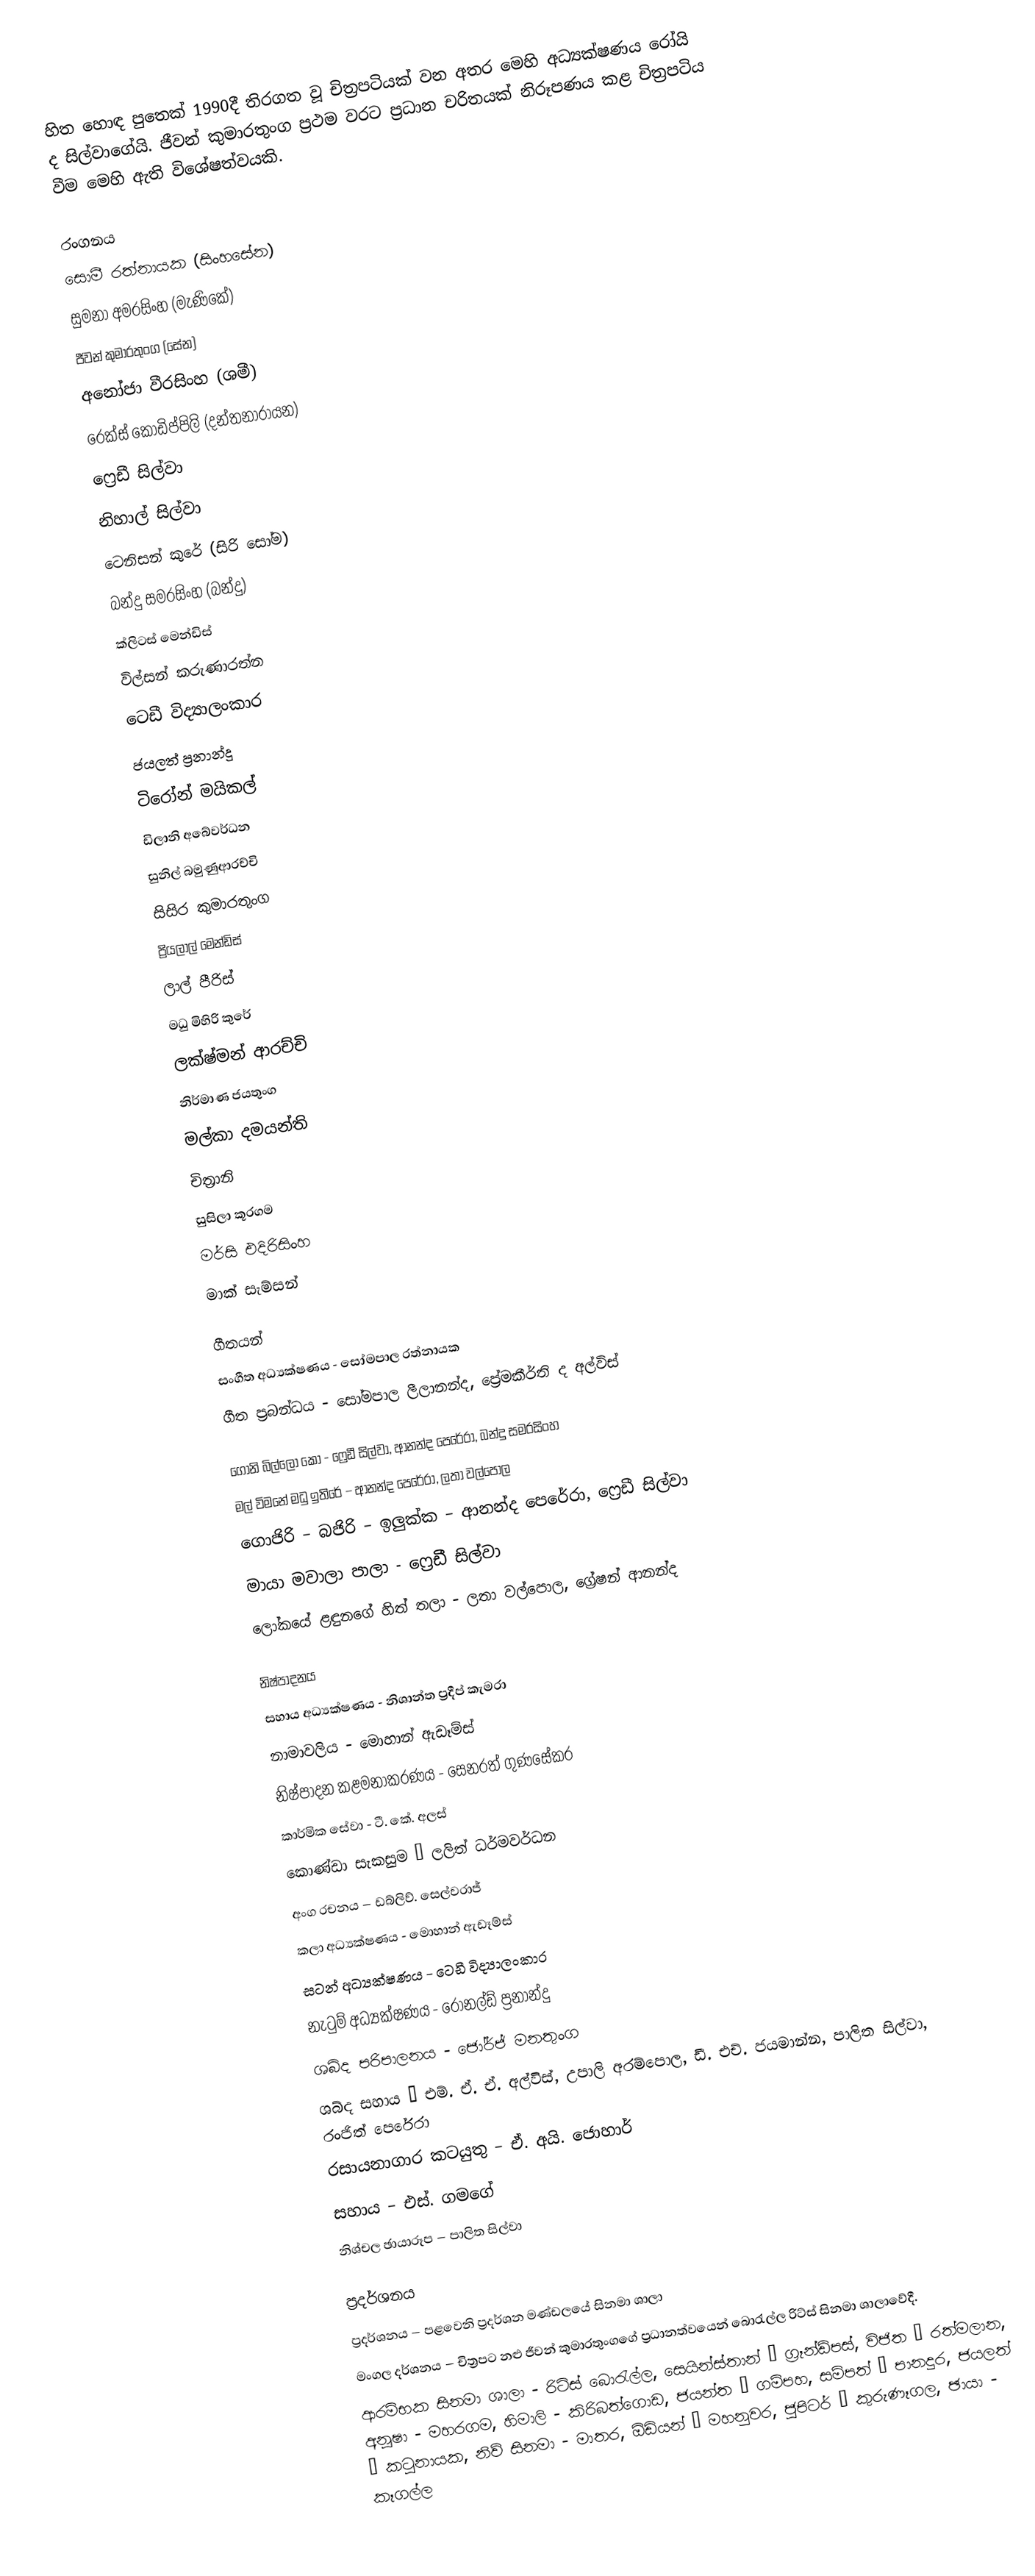
හිත හොඳ පුතෙක් 1990දී තිරගත වූ චිත්‍රපටියක් වන අතර මෙහි අධ්‍යක්ෂණය රෝයි ද සිල්වාගේයි. ජීවන් කුමාරතුංග ප්‍රථම වරට ප්‍රධාන චරිතයක් නිරූපණය කළ චිත්‍රපටිය වීම මෙහි ඇති විශේෂත්වයකි.

රංගනය
සොමී රත්නායක (සිංහසේන)
සුමනා අමරසිංහ (මැණිකේ)
ජීවන් කුමාරතුංග (සේන)
අනෝජා වීරසිංහ (ශමී)
රෙක්ස් කොඩිප්පිලි (දන්තනාරායන)
ෆ්‍රෙඩී සිල්වා
නිහාල් සිල්වා
ටෙනිසන් කුරේ (සිරි සෝම)
බන්දු සමරසිංහ (බන්දු)
ක්ලිටස් මෙන්ඩිස්
විල්සන් කරුණාරත්න
ටෙඩී විද්‍යාලංකාර
ජයලත් ප්‍රනාන්දු
ටිරෝන් මයිකල්
ඩිලානි අබේවර්ධන
සුනිල් බමුණුආරච්චි
සිසිර කුමාරතුංග
ප්‍රියලාල් මෙන්ඩිස්
ලාල් පීරිස්
මධු මිහිරි කුරේ
ලක්ෂ්මන් ආරච්චි
නිර්මාණ ජයතුංග
මල්කා දමයන්ති
චිත්‍රානි
සුසිලා කූරගම
මර්සි එදිරිසිංහ
මාක් සැම්සන්

ගීතයන්
සංගීත අධ්‍යක්ෂණය - සෝමපාල රත්නායක
ගීත ප්‍රබන්ධය - සෝමපාල ලීලානන්ද, ප්‍රේමකීර්ති ද අල්විස්

ගෝනි බිල්ලෝ කෝ - ෆ්‍රෙඩී සිල්වා, ආනන්ද පෙරේරා, බන්දු සමරසිංහ
මල් විමනේ මධු ඉතිරේ – ආනන්ද පෙරේරා, ලතා වල්පොල
ගොජිරි – බජිරි – ඉලුක්ක – ආනන්ද පෙරේරා, ෆ්‍රෙඩී සිල්වා
මායා මවාලා පාලා - ෆ්‍රෙඩී සිල්වා
ලෝකයේ ළඳුනගේ හිත් තලා - ලතා වල්පොල, ග්‍රේෂන් ආනන්ද

නිෂ්පාදනය
සහාය අධ්‍යක්ෂණය - නිශාන්ත ප්‍රදීප් කැමරා
නාමාවලිය - මොහාන් ඇඩෑම්ස්
නිෂ්පාදන කළමනාකරණය - සෙනරත් ගුණසේකර
කාර්මික සේවා - ටී. කේ. අලස්
කොණ්ඩා සැකසුම – ලලිත් ධර්මවර්ධන
අංග රචනය – ඩබ්ලිව්. සෙල්වරාජ්
කලා අධ්‍යක්ෂණය - මොහාන් ඇඩෑම්ස්
සටන් අධ්‍යක්ෂණය - ටෙඩී විද්‍යාලංකාර
නැටුම් අධ්‍යක්ෂණය - රොනල්ඩ් ප්‍රනාන්දු
ශබ්ද පරිපාලනය - ජෝර්ජ් මනතුංග
ශබ්ද සහාය – එම්. ඒ. ඒ. අල්විස්, උපාලි අරම්පොල, ඩී. එච්. ජයමාන්න, පාලිත සිල්වා, රංජිත් පෙරේරා
රසායනාගාර කටයුතු – ඒ. අයි. ජොහාර්
සහාය – එස්. ගමගේ
නිශ්චල ඡායාරූප – පාලිත සිල්වා

ප්‍රදර්ශනය
ප්‍රදර්ශනය – පළවෙනි ප්‍රදර්ශන මණ්ඩලයේ සිනමා ශාලා
මංගල දර්ශනය – චිත්‍රපට නළු ජීවන් කුමාරතුංගගේ ප්‍රධානත්වයෙන් බොරැල්ල රිට්ස් සිනමා ශාලාවේදී.
ආරම්භක සිනමා ශාලා - රිට්ස් බොරැල්ල, සෙයින්ස්තාන් – ග්‍රෑන්ඩ්පස්, විජිත – රත්මලාන, අනූෂා - මහරගම, හිමාලි - කිරිබත්ගොඩ, ජයන්ත – ගම්පහ, සම්පත් – පානදුර, ජයලත් – කටුනායක, නිව් සිනමා - මාතර, ඕඩියන් – මහනුවර, ජුපිටර් – කුරුණෑගල, ඡායා - කෑගල්ල